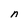
Character: n